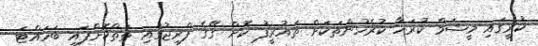
ކުރީގައި މީޝަމް ކުރަހާ ކުރެހުންތަކަށް ތައުރީފު ކޮށް ގޭގެ ފްރިޖުގައި ތަތްކޮށްފައި ބަހައްޓަ